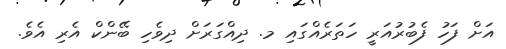
އަށް ފަހު ފެބުރުއަރީ ހަތަރެއްގައި މ. ދިއްގަރަށް ދިވެހި ބޭންކް އެރި އެވެ.